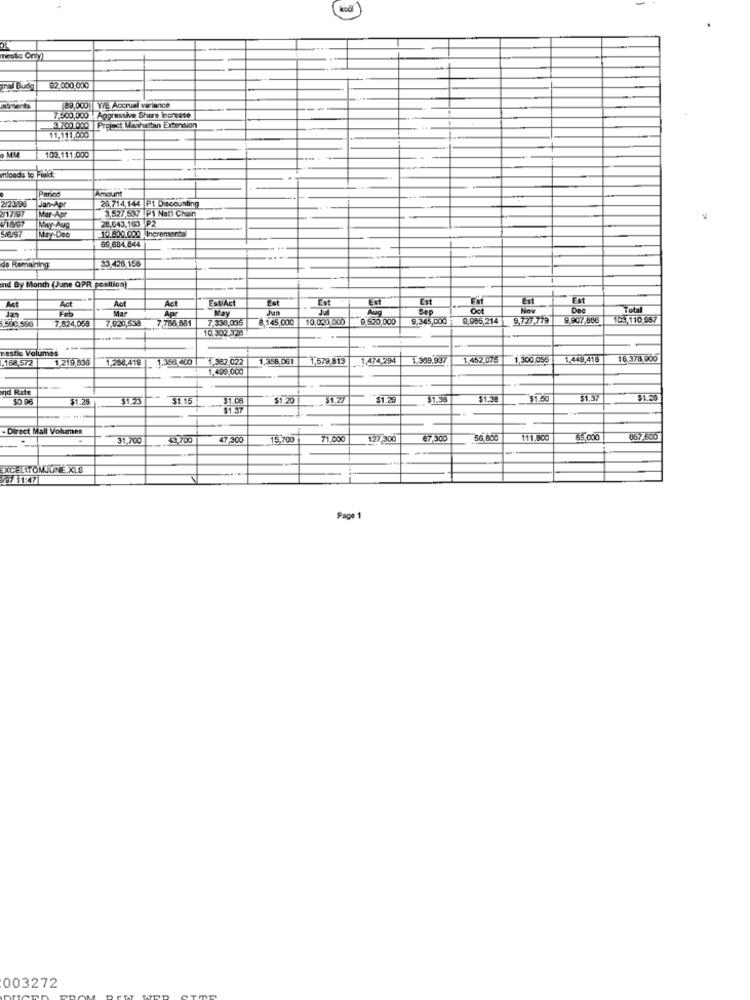
meste Only)
imal Budg
82.000.000
atments
89,000 ] Y/e Accrual variance
---
7.500,000 ! Aggressive Share Increase
3700.000 Project Manhattan Extension
103.111,000
-..
mleads to Faldt
Panod
Amount
2/23/96
2/1797
Jan-Apr
Mar-Apr
26,714.144 P1 Discounting
3,527,537 Pi Nat Chain
28,043,163 P2
May-Aug
May-Deo
10.800.000 Increments
69.684.844
-
33 428 156
de Remaining
ind By Month (June QPR position)
Act
EstiAct
Est
Est
Est
Act
Act
Apr
AG
May
Jan
Sep
Oct
Now
Dec
.590,596
7.524,05B
7 920,638
7.788 681
7.338,035
8.145,000
10,020.000
8.520,000
9.345,000
9,985,214
9,727.779
9.907.886
103,110.957
10.302.528
restic Volumes
--
168,572
1.219,836
1.258,419
1,358,061
1,579,513
. 1474,294
T.369.907
1,452 075
1,300 055
1.449,416
16,378,000
1.382.022
nd Rate
-
50 96
$1.25
$1.25
31.15
$1.29
$1.38
$1.50
$1.37
$1.25
- Direct Mall Volumes
31,700
4.700
47 300
15,700
71.000
127,300
67.300
56 800
111.800
65,000
057.600
-
XCELITOMJUNE XLS
297 11:47
Page
003272